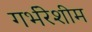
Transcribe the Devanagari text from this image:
गर्भरेशीम